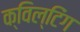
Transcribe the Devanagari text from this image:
क्विल्टिंग